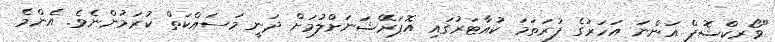
"ވޯރކްޝޮޕް އަންނަ އަހަރުގެ ފުރަތަމަ ކުއާޓަރުގައި އޮޕަރޭޝަނަށްލުމަށް ދަނީ މަސައްކަތް ކުރަމުންނެވެ. އެންމެ